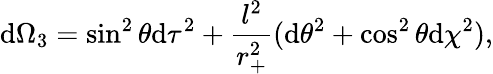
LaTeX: \mathrm{d}\Omega_{3}=\sin^{2}\theta\mathrm{d}\tau^{2}+\frac{{l^{2}}}{{r_{+}^{2}}}(\mathrm{d}\theta^{2}+\cos^{2}\theta\mathrm{d}\chi^{2}),